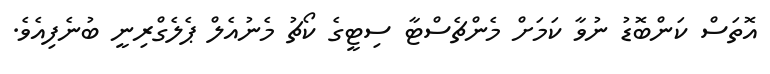
އޮތަސް ކަންބޮޑު ނުވާ ކަމަށް މެންޗެސްޓާ ސިޓީގެ ކޯޗު މެނުއެލް ޕެލެގްރިނީ ބުނެފިއެވެ.